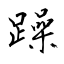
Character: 躁